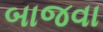
બાજવા